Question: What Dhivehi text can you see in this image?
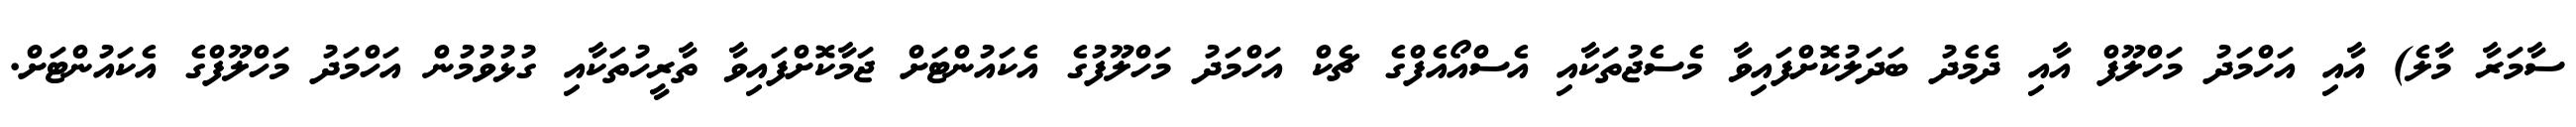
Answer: ސާމަރާ މާލެ) އާއި އަހްމަދު މަހްލޫފް އާއި ދެމެދު ބަދަލުކޮށްފައިވާ މެސެޖުތަކާއި އެސްއޯއެފްގެ ޗެކް އަހްމަދު މަހްލޫފުގެ އެކައުންޓަށް ޖަމާކޮށްފައިވާ ތާރީހުތަކާއި ގުޅުވުމުން އަހްމަދު މަހްލޫފްގެ އެކައުންޓަށް.